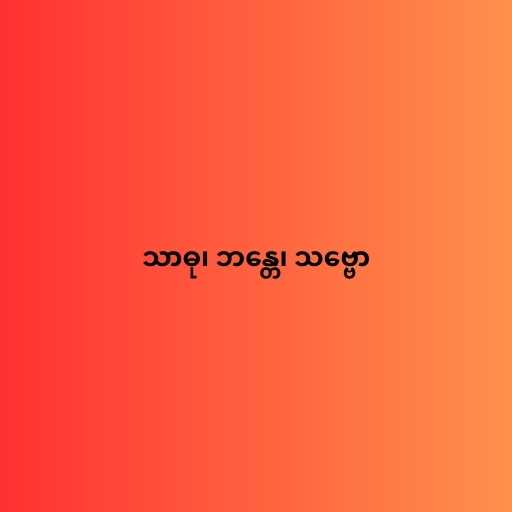
သာဓု၊ ဘန္တေ၊ သဗ္ဗော